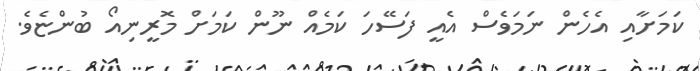
ކަމަށާއި އެހެން ނަމަވެސް އެއީ ފަސޭހަ ކަމެއް ނޫން ކަމަށް މޮރީނިއޯ ބުންޏެވެ.